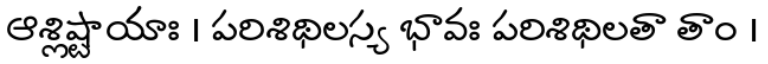
ఆశ్లిష్టాయాః । పరిశిథిలస్య భావః పరిశిథిలతా తాం ।